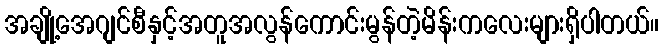
အချို့အေဂျင်စီနှင့်အတူအလွန်ကောင်းမွန်တဲ့မိန်းကလေးများရှိပါတယ်။